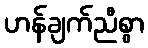
ဟန်ချက်ညီစွာ